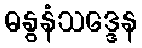
ဓနွနံသဒ္ဒေန